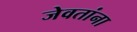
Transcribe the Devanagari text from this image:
जेवतांना